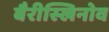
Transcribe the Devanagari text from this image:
बैरीस्खिनोव